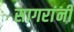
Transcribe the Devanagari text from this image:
सागरांनी